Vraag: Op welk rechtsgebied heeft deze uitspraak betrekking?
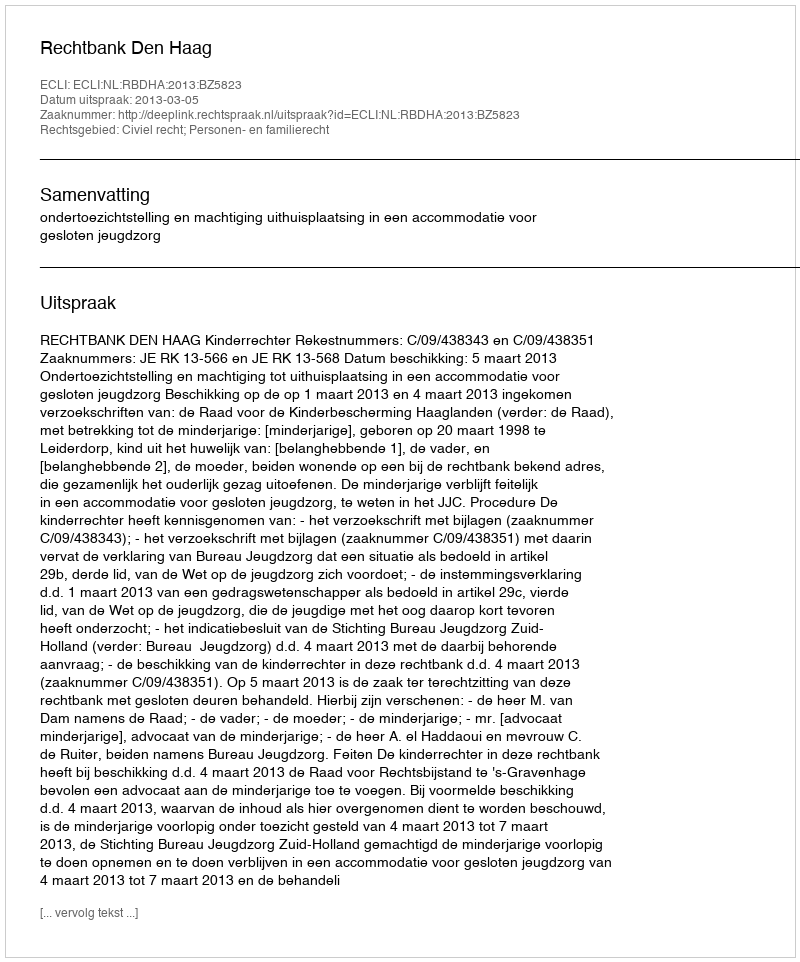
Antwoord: Civiel recht; Personen- en familierecht